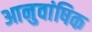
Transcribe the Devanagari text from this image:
आनुवांषिक